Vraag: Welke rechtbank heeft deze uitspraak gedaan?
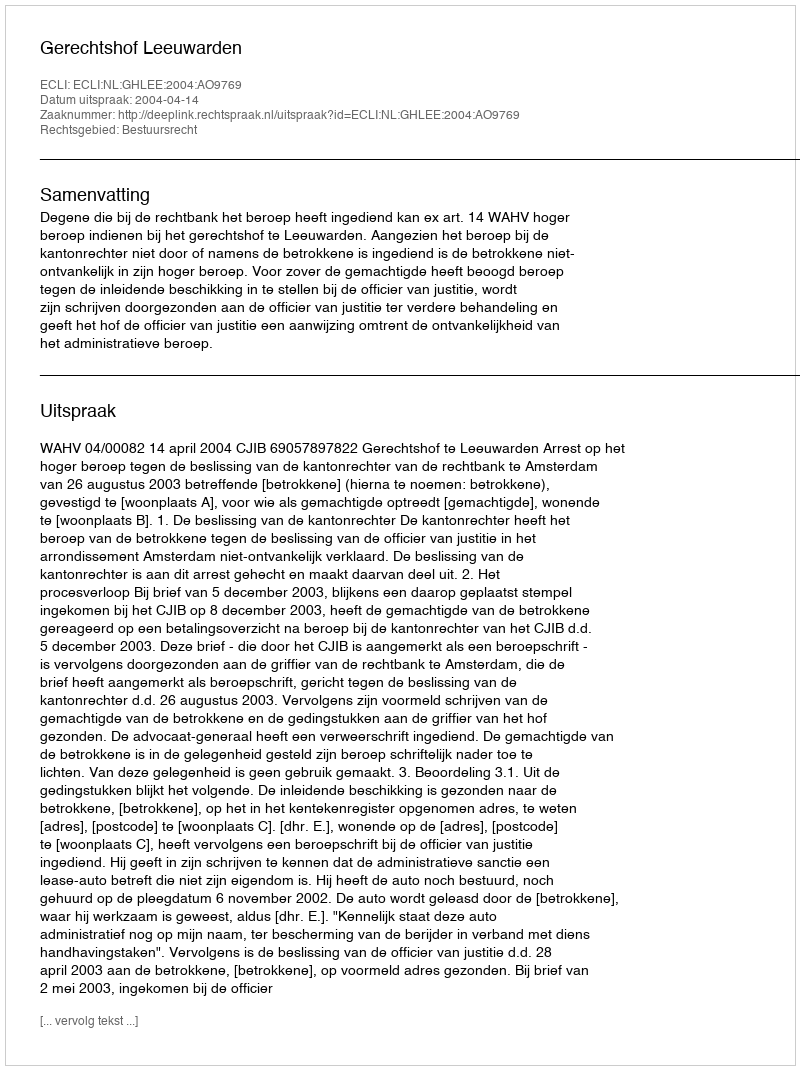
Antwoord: Gerechtshof Leeuwarden